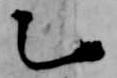
乙